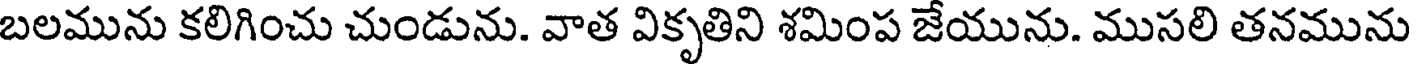
బలమును కలిగించు చుండును. వాత వికృతిని శమింప జేయును. ముసలి తనమును